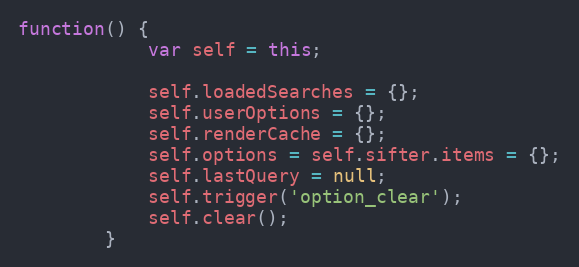
Language: JavaScript
function() {
			var self = this;

			self.loadedSearches = {};
			self.userOptions = {};
			self.renderCache = {};
			self.options = self.sifter.items = {};
			self.lastQuery = null;
			self.trigger('option_clear');
			self.clear();
		}